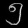
Digit: ၅